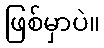
ဖြစ်မှာပဲ။